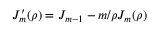
J _ { m } ^ { \prime } ( \rho ) = J _ { m - 1 } - m / \rho J _ { m } ( \rho )